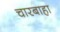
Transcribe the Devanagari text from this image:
चारबाहा